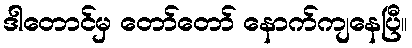
ဒါတောင်မှ တော်တော် နောက်ကျနေပြီ။